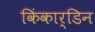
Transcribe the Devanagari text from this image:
किंकार्डिन